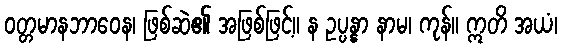
ဝတ္တမာနဘာဝေန၊ ဖြစ်ဆဲ၏ အဖြစ်ဖြင့်။ န ဥပ္ပန္နာ နာမ၊ ကုန်။ ဣတိ အယံ၊